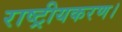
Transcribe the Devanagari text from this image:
राष्ट्रीयकरण।